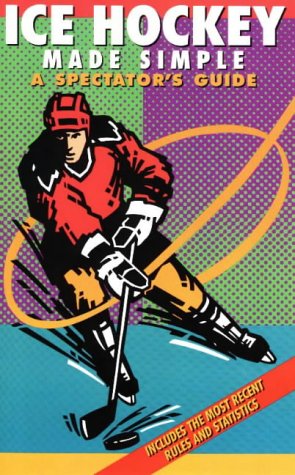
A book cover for Ice Hockey Made Simple: A Spectator's Guide (Spectator Guide Series); Dave Ominsky; Sports & Outdoors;